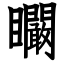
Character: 矙